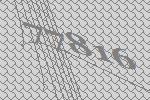
77816